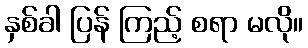
နှစ်ခါ ပြန် ကြည့် စရာ မလို။